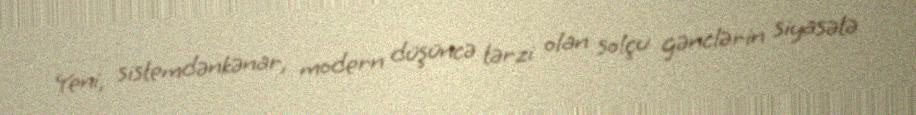
Yeni, sistemdənkənar, modern düşüncə tərzi olan solçu gənclərin siyasətə